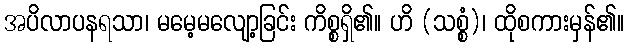
အပိလာပနရသာ၊ မမေ့မလျော့ခြင်း ကိစ္စရှိ၏။ ဟိ (သစ္စံ)၊ ထိုစကားမှန်၏။